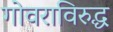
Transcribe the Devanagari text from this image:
गोवराविरुद्ध